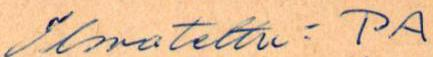
Ilmotettu: PA